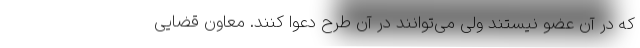
که در آن عضو نیستند ولی می‌توانند در آن طرح دعوا کنند. معاون قضایی